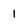
Character: 1